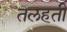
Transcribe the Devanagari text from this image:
तलहती